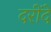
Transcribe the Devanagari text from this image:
दरींदे